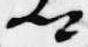
卿